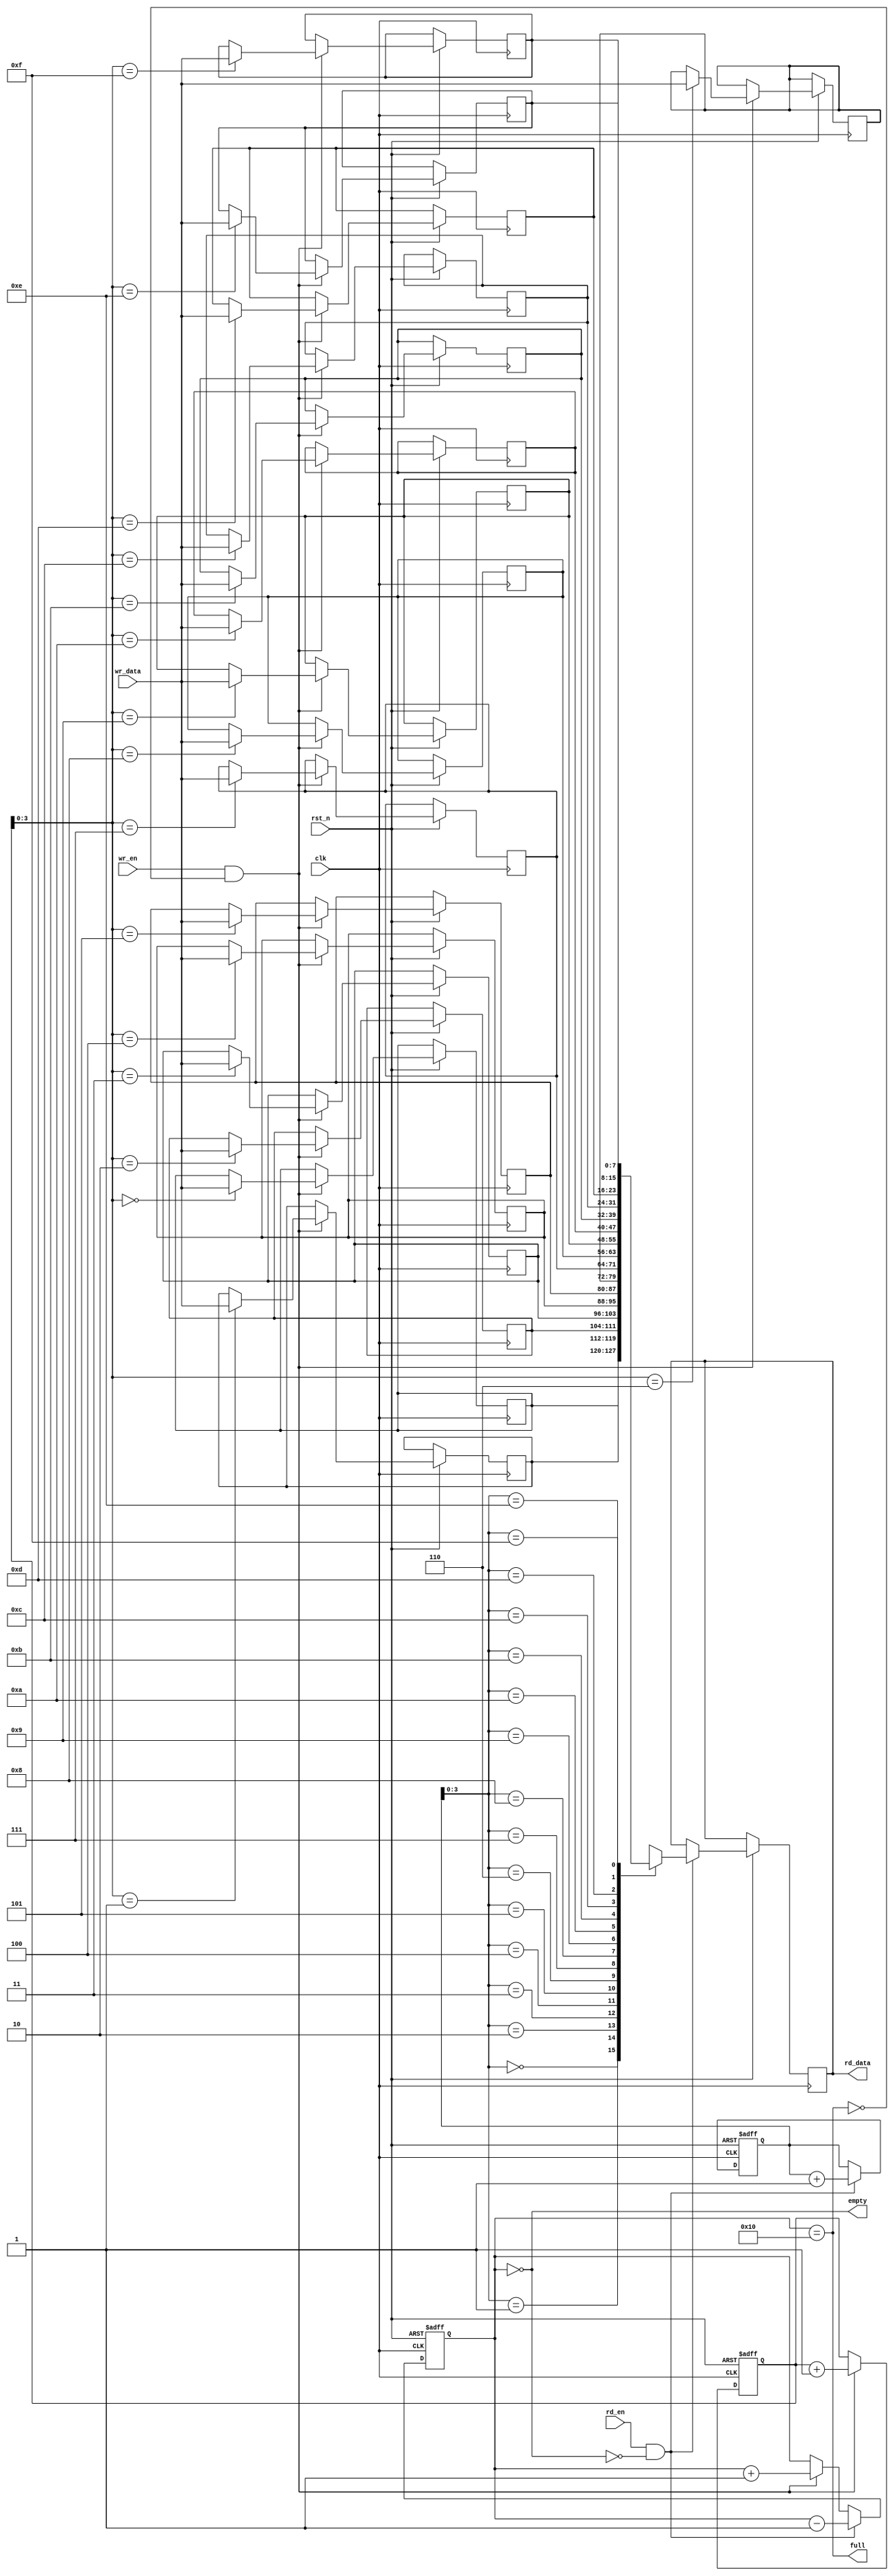
module fifo #(
  parameter DATA_WIDTH = 8,
  parameter DEPTH = 16
) (
  input wire clk,               // Clock signal
  input wire rst_n,             // Active-low asynchronous reset
  input wire wr_en,             // Write enable signal
  input wire [DATA_WIDTH-1:0] wr_data,   // Data to be written
  input wire rd_en,             // Read enable signal
  output reg [DATA_WIDTH-1:0] rd_data,   // Data read out
  output wire empty,            // FIFO empty status
  output wire full              // FIFO full status
);

reg [(DATA_WIDTH-1):0] fifo [DEPTH-1:0];
reg [DATA_WIDTH:0] wr_ptr, rd_ptr, cnt;

assign empty = (cnt == 0);
assign full = (cnt == DEPTH);

always @(posedge clk or negedge rst_n) begin
  if (~rst_n) begin
    wr_ptr <= 0;
    rd_ptr <= 0;
    cnt <= 0;
  end else begin
    if (wr_en && ~full) begin
      fifo[wr_ptr] <= wr_data;
      wr_ptr <= wr_ptr + 1;
      cnt <= cnt + 1;
    end
  
    if (rd_en && ~empty) begin
      rd_data <= fifo[rd_ptr];
      rd_ptr <= rd_ptr + 1;
      cnt <= cnt - 1;
    end
  end
end

endmodule